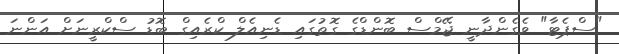
"ސްޕެޓާ" ވެގެންދާނީ ޖޭމްސް ބޮންޑްގެ ގޮތުގައި ޑެނިއެލް ކްރެއިގް ބޮޑު ސްކްރީނަށް އަންނަ